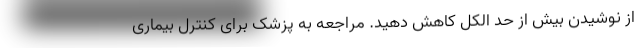
از نوشیدن بیش از حد الکل کاهش دهید. مراجعه به پزشک برای کنترل بیماری